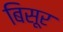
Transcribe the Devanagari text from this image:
बिसूर